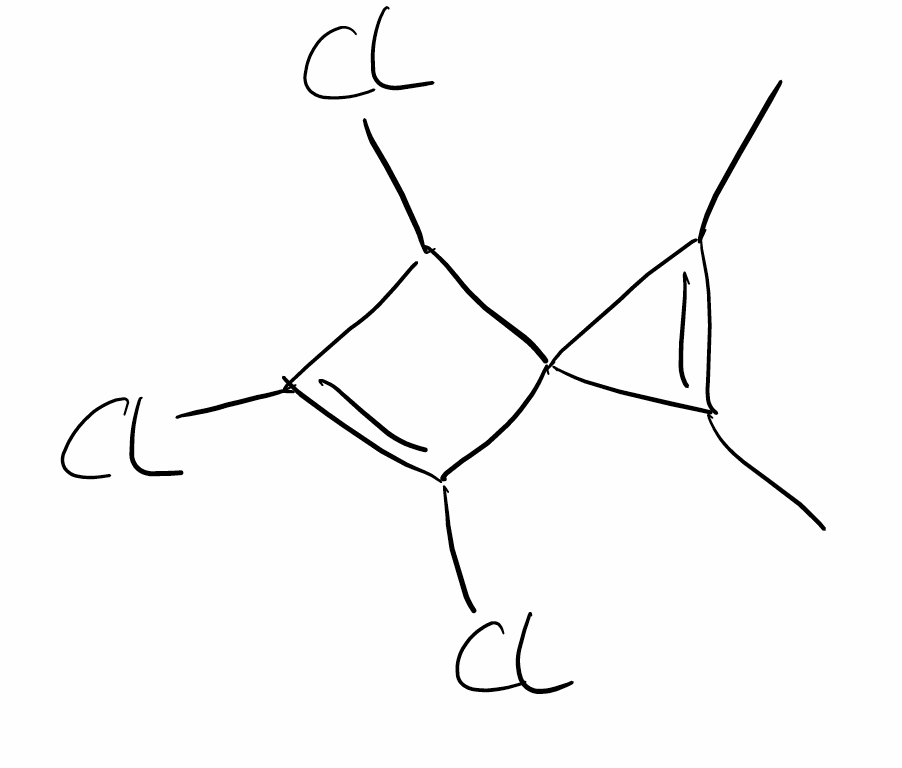
Simplified molecular-input line-entry system (SMILES) notation of the given molecule:
CC1=C(C12C(C(=C2Cl)Cl)Cl)C